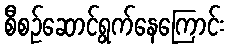
စီစဉ်ဆောင်ရွက်နေကြောင်း